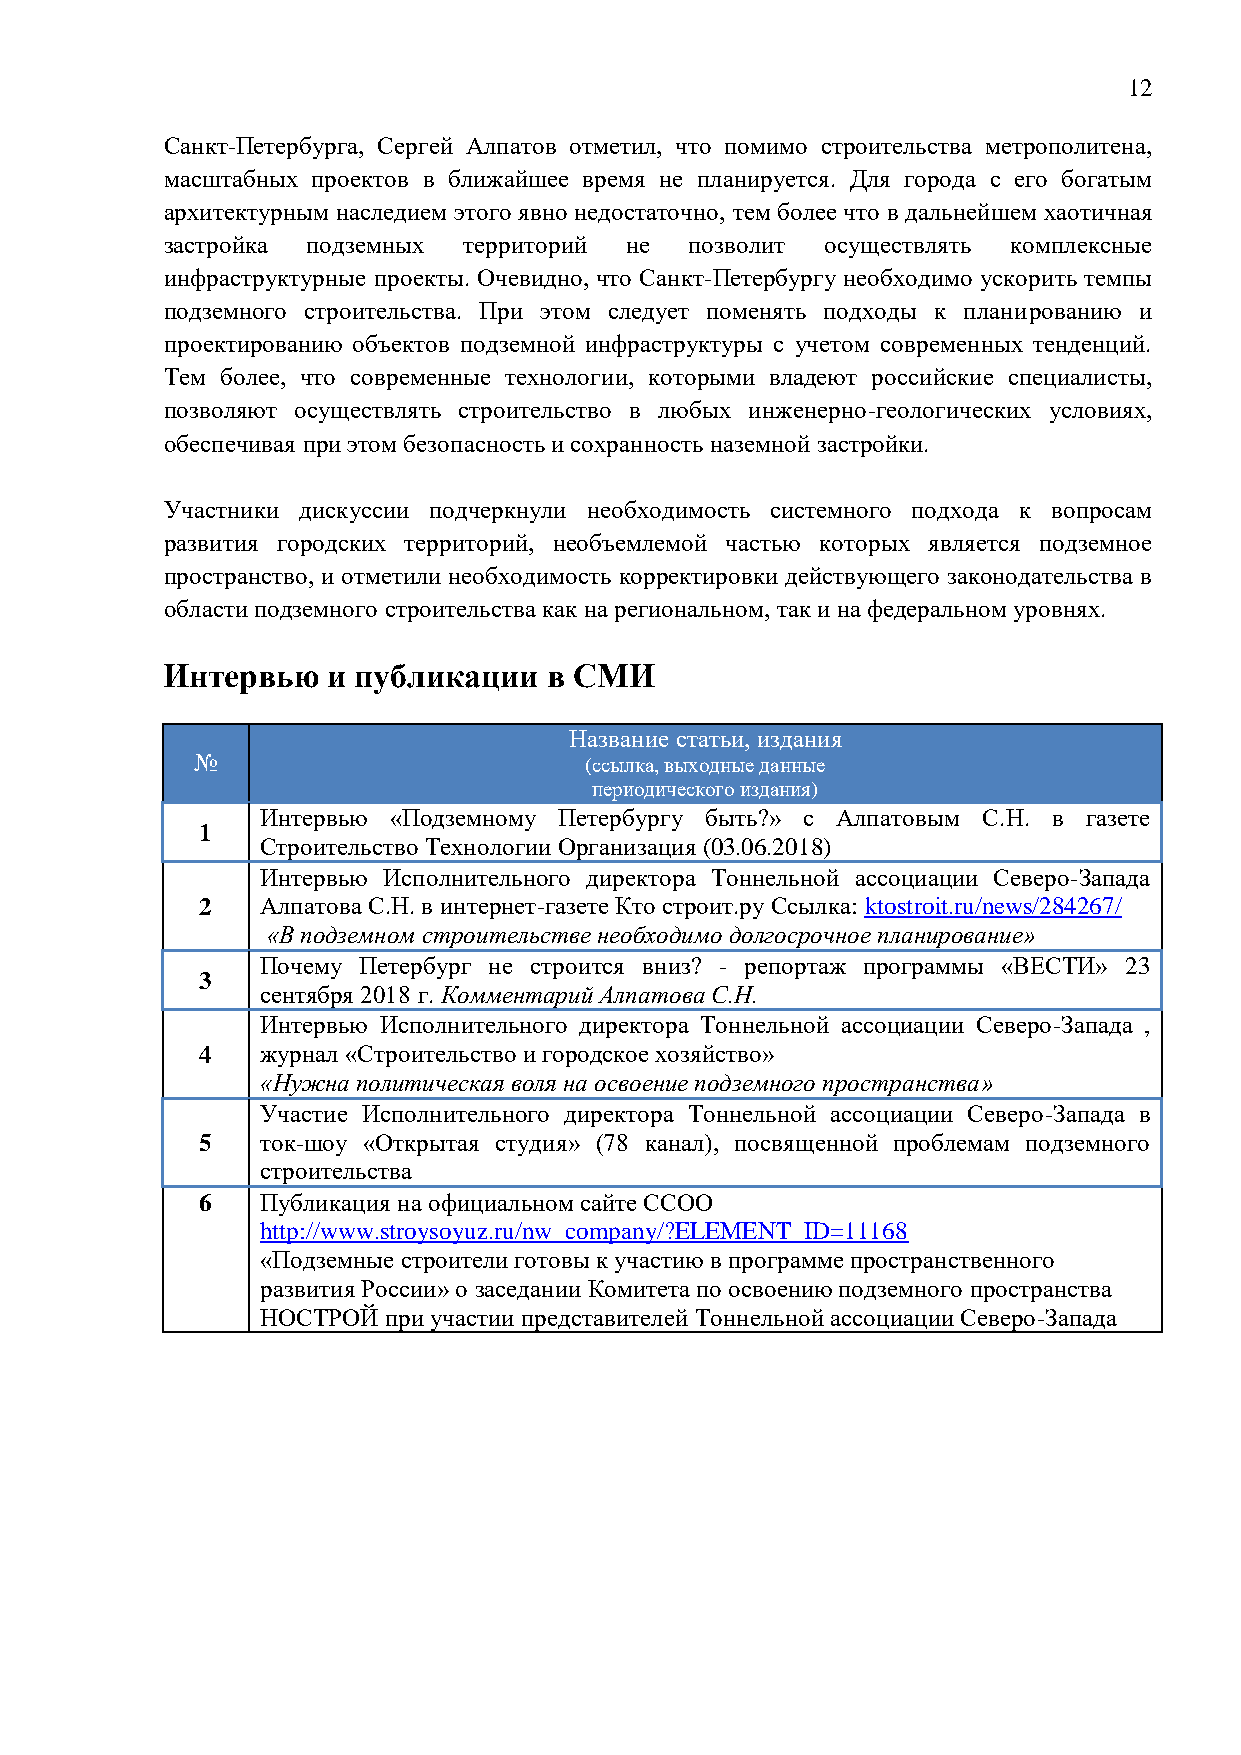
12
 Санкт-Петербурга, Сергей Алпатов отметил, что помимо строительства метрополитена,
 масштабных проектов в ближайшее время не планируется. Для города с его богатым
 архитектурным наследием этого явно недостаточно, тем более что в дальнейшем хаотичная
 застройка подземных территорий не  позволит осуществлять комплексные
 инфраструктурные проекты. Очевидно, что Санкт-Петербургу необходимо ускорить темпы
 подземного строительства. При этом следует поменять подходы к планированию и
 проектированию объектов подземной инфраструктуры с учетом современных тенденций.
 Тем более, что современные технологии, которыми владеют российские специалисты,
 позволяют осуществлять строительство в любых инженерно-геологических условиях,
 обеспечивая при этом безопасность и сохранность наземной застройки.
 Участники дискуссии подчеркнули необходимость системного подхода к вопросам
 развития городских территорий, необъемлемой частью которых является подземное
 пространство, и отметили необходимость корректировки действующего законодательства в
 области подземного строительства как на региональном, так и на федеральном уровнях.
 Интервью   и публикации  в СМИ
 Название статьи, издания
 №                         (ссылка, выходные данные
 периодического издания)
 Интервью «Подземному Петербургу быть?» с Алпатовым С.Н. в газете
 1
 Строительство Технологии Организация (03.06.2018)
 Интервью Исполнительного директора Тоннельной ассоциации Северо-Запада
 2   Алпатова С.Н. в интернет-газете Кто строит.ру Ссылка: ktostroit.ru/news/284267/
 «В подземном строительстве необходимо долгосрочное планирование»
 Почему Петербург не строится вниз? - репортаж программы «ВЕСТИ» 23
 3
 сентября 2018 г. Комментарий Алпатова С.Н.
 Интервью Исполнительного директора Тоннельной ассоциации Северо-Запада ,
 4   журнал «Строительство и городское хозяйство»
 «Нужна политическая воля на освоение подземного пространства»
 Участие Исполнительного директора Тоннельной ассоциации Северо-Запада в
 5   ток-шоу «Открытая студия» (78 канал), посвященной проблемам подземного
 строительства
 6   Публикация на официальном сайте ССОО
 http://www.stroysoyuz.ru/nw_company/?ELEMENT_ID=11168
 «Подземные строители готовы к участию в программе пространственного
 развития России» о заседании Комитета по освоению подземного пространства
 НОСТРОЙ при участии представителей Тоннельной ассоциации Северо-Запада